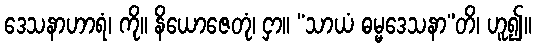
ဒေသနာဟာရံ၊ ကို။ နိယောဇေတုံ၊ ငှာ။ “သာယံ ဓမ္မဒေသနာ”တိ၊ ဟူ၍။